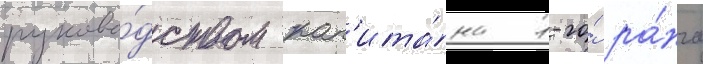
руково́дством кап'ита́на 1-го́ ра́нга